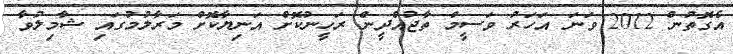
އެގޮތުން 2012 ވަނަ އަހަރު ވަސީމް ތާޖުއްދީން ރަހީނުކޮށް އަނިޔާކޮށް މަރާލުމުގައި ޝާމިލުވާ